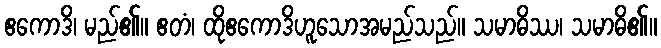
ဧကောဒိ၊ မည်၏။ ဧတံ၊ ထိုဧကောဒိဟူသောအမည်သည်။ သမာဓိဿ၊ သမာဓိ၏။